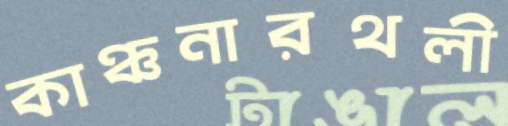
কাঞ্চনারথলী